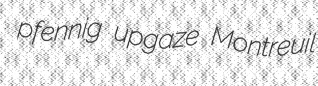
pfennig upgaze Montreuil